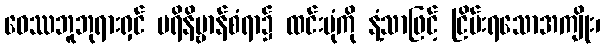
ဝေဿဘူဘုရားရှင် ပရိနိဗ္ဗာန်စံရာ၌ ထင်းပုံကို နံ့သာဖြင့် ငြိမ်းရသောအကျိုး၊